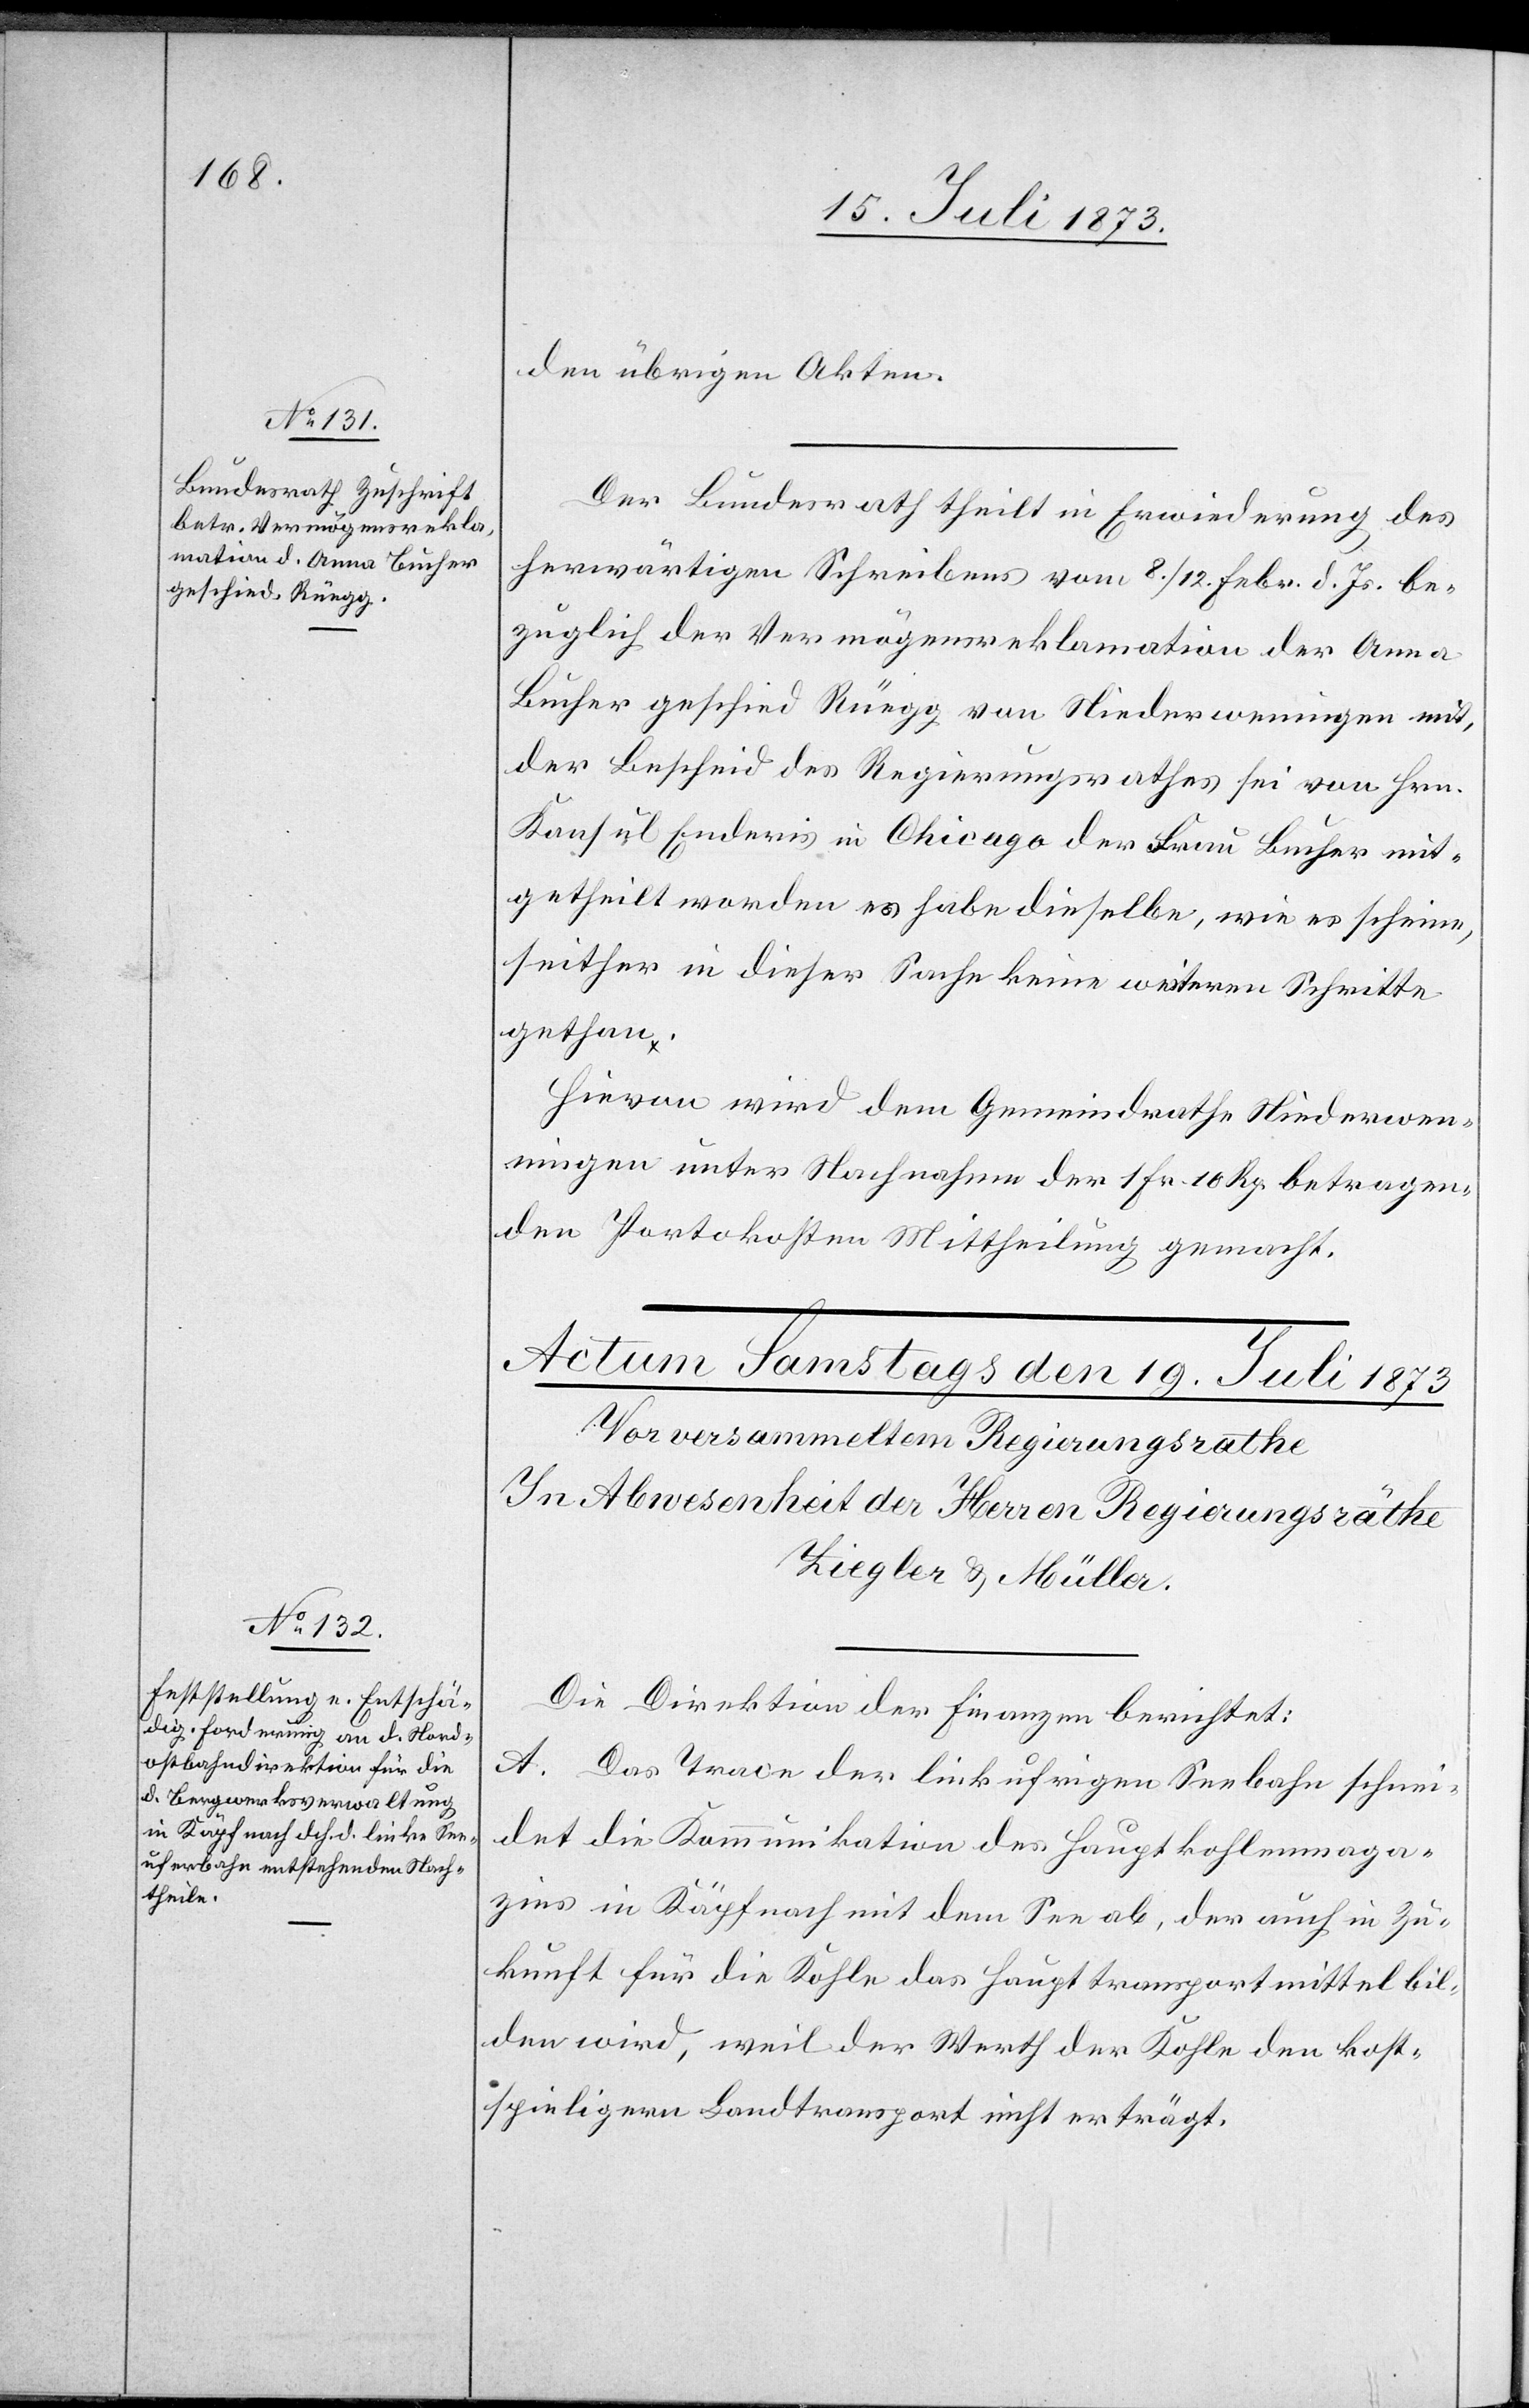
18. Juli 1873.]
den übrigen Akten.
Der Bundesrath theilt in Erwiederung des
herwärtigen Schreibens vom 8./12. Febr. d. Js. be¬
zuglich [sic!] der Vermögensreklamation der Anna
Bucher geschied Rüegg von Niederweningen mit,
der Bescheid des Regierungsrathes sei von Hrn.
Konsul Enderis in Chicago der Frau Bucher mit¬
getheilt worden[;] es habe dieselbe, wie es scheine,
seither in dieser Sache keine weiteren Schritte
gethan.
Hievon wird dem Gemeindrathe Niederwen¬
ningen [sic!] unter Nachnahme der 1 Fr. 10 Rp. betragen¬
den Portokosten Mittheilung gemacht.
Die Direktion der Finanzen berichtet:
A. Das Trace der linkufrigen Seebahn schnei¬
det die Kommunikation des Hauptkohlenmaga¬
zins in Käpfnach mit dem See ab, der auch in Zu¬
kunft für die Kohle das Haupttransportmittel bil¬
den wird, weil der Werth der Kohle den kost¬
spieligern Landtransport nicht erträgt.